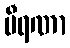
ဗီရဏာ